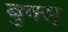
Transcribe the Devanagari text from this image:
बुक्स्